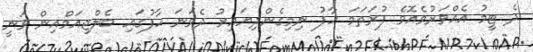
ދެ ޓީމު އެއްވަރުވެއޮވެ ފުރަތަމަ ހާފު ނިމިގެންދިޔައިރު ދެވަނަ ހާފުގައި ބެލްޖިއަމްއިން ވަނީ